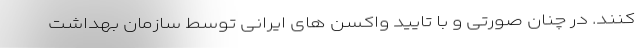
کنند. در چنان صورتی و با تایید واکسن های ایرانی توسط سازمان بهداشت